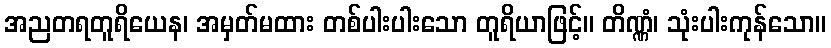
အညတရတူရိယေန၊ အမှတ်မထား တစ်ပါးပါးသော တူရိယာဖြင့်။ တိဏ္ဏံ၊ သုံးပါးကုန်သော။